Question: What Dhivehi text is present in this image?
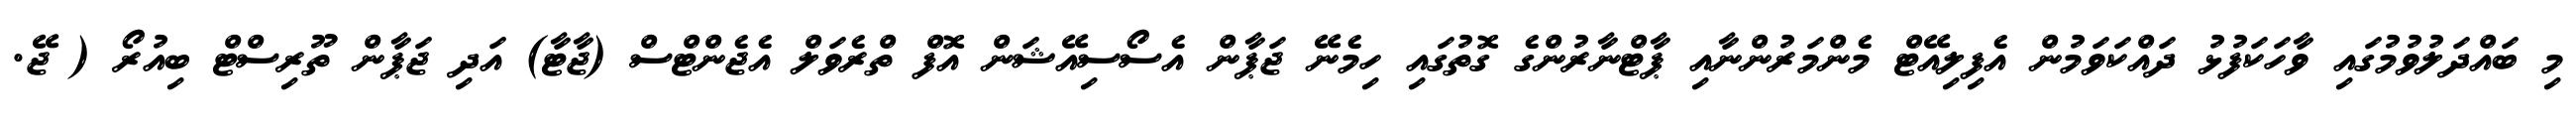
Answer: މި ބައްދަލުވުމުގައި ވާހަކަފުޅު ދައްކަވަމުން އެފިލިއޭޓް މެންމަރުންނާއި ޕާޓްނާރުންގެ ގޮތުގައި ހިމެނޭ ޖަޕާން އެސޯސިއޭޝަން އޮފް ތްރެވަލް އެޖެންޓްސް (ޖާޓާ) އަދި ޖަޕާން ތޫރިސްޓް ބިއުރޯ ( ޖޭ.